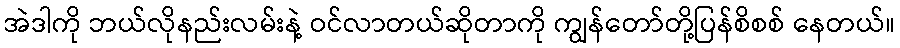
အဲဒါကို ဘယ်လိုနည်းလမ်းနဲ့ ဝင်လာတယ်ဆိုတာကို ကျွန်တော်တို့ပြန်စိစစ် နေတယ်။